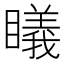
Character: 𥋟